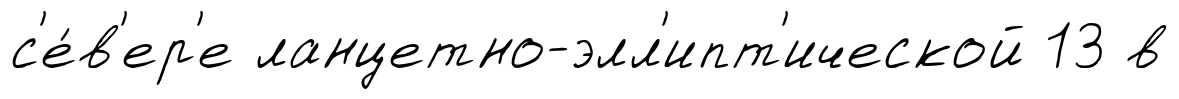
с'е́в'ер'е ланцетно-элл'ипт'ической 13 в